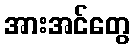
အားအင်တွေ